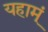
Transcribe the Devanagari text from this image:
यहाम्ं